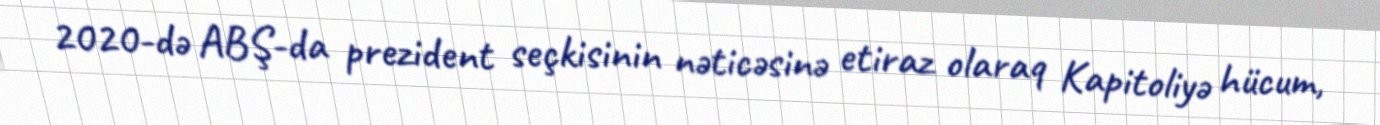
2020-də ABŞ-da prezident seçkisinin nəticəsinə etiraz olaraq Kapitoliyə hücum,